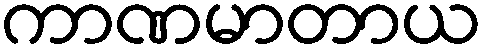
ကာဏမာတာယ